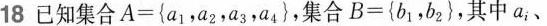
18 已知集合$$A = { a _ { 1 } ， a _ { 2 } ， a _ { 3 } ， a _ { 4 } }$$，集合$$B = { b _ { 1 } ， b _ { 2 } }$$，其中a_{i}、